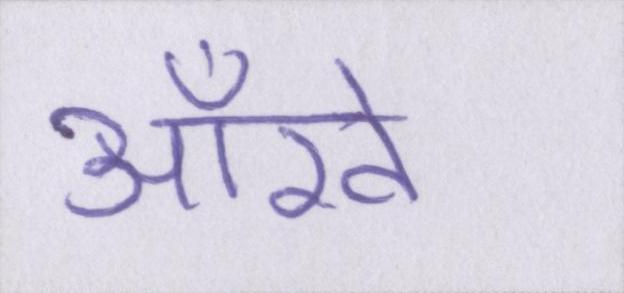
आँखे